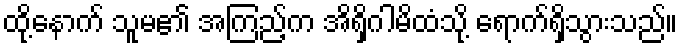
ထို့နောက် သူမ၏ အကြည့်က အိရှိဂါမိထံသို့ ရောက်ရှိသွားသည်။